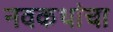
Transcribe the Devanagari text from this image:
नवकथांचा